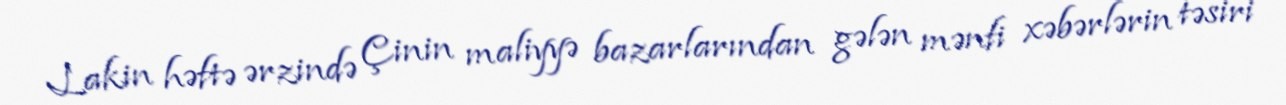
Lakin həftə ərzində Çinin maliyyə bazarlarından gələn mənfi xəbərlərin təsiri